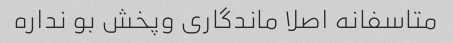
متاسفانه اصلا ماندگاری وپخش بو نداره